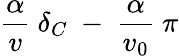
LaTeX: \frac{\alpha}{v}\ \delta_{C}\ -\ \frac{\alpha}{v_{0}}\ \pi